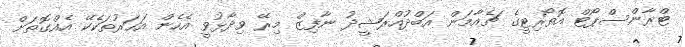
ޓްރާންސްޕޯޓް އޮތޯރިޓީގެ ޗެއާމަން އަބްދުއްރަޝީދު ނާފިޒް މިރޭ ވިދާޅުވީ އެހެން އަހަރުތަކެކޭ އެއްގޮތަށް